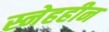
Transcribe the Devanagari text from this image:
स्नेहहीन